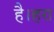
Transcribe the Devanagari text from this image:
है।हरा